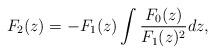
LaTeX: \begin{align*}F_2(z)={-}F_1(z)\int{\frac{F_0(z)}{F_1(z)^2}}dz,\end{align*}